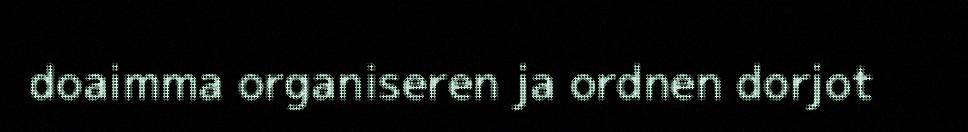
doaimma organiseren ja ordnen dorjot